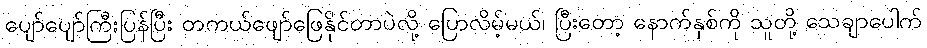
ပျော်ပျော်ကြီးပြန်ပြီး တကယ်ဖျော်ဖြေနိုင်တာပဲလို့ ပြောလိမ့်မယ်၊ ပြီးတော့ နောက်နှစ်ကို သူတို့ သေချာပေါက်